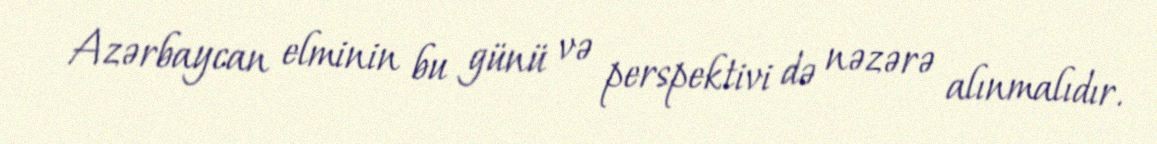
Azərbaycan elminin bu günü və perspektivi də nəzərə alınmalıdır.